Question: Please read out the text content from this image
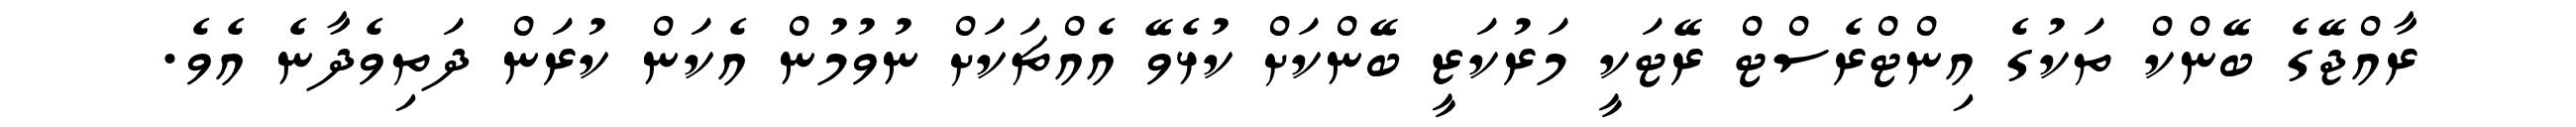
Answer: ރާއްޖޭގެ ބޭންކް ތަކުގެ އިންޓްރެސްޓް ރޭޓަކީ މަރުކަޒީ ބޭންކަށް ކުޅެވޭ އެއްޗަކަށް ނުވުމުން އެކަން ކުރަން ދަތިވެދާނެ އެވެ.